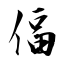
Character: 偪